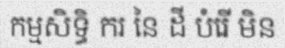
កម្មសិទ្ធិ ករ នៃ ដី បំរើ មិន